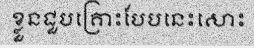
ខ្លួនជួបគ្រោះបែបនេះសោះ